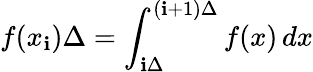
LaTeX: f(x_{\mathbf{i}})\Delta=\int_{\mathbf{i}\Delta}^{(\mathbf{i}+1)\Delta}f(x)\, dx